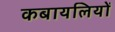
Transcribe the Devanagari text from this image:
कबायलियों